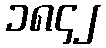
၁၈၄၂